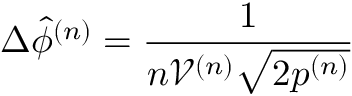
\Delta \hat { \phi } ^ { ( n ) } = \frac { 1 } { n \mathcal { V } ^ { ( n ) } \sqrt { 2 p ^ { ( n ) } } }